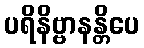
ပရိနိဗ္ဗာနန္တိပေ